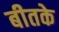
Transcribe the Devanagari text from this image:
बीतके